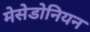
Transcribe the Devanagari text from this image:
मेसेडोनियन